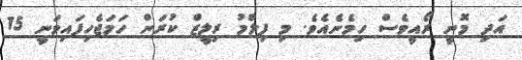
އަދި މޮނީ ރޯއީވެސް ހިމެނެއެވެ. މި ފިލްމު ރިލީޒް ކުރަން ހަމަޖެހިފައިވަނީ 15